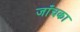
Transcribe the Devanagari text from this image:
जाँचका